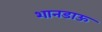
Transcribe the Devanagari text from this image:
शानडाऊ